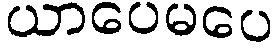
ယာပေမပေ